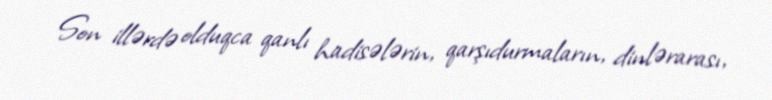
Son illərdə olduqca qanlı hadisələrin, qarşıdurmaların, dinlərarası,